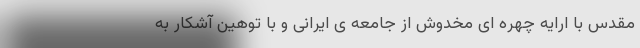
مقدس با ارایه چهره ای مخدوش از جامعه ی ایرانی و با توهین آشکار به